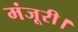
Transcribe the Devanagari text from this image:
मंजूरी।